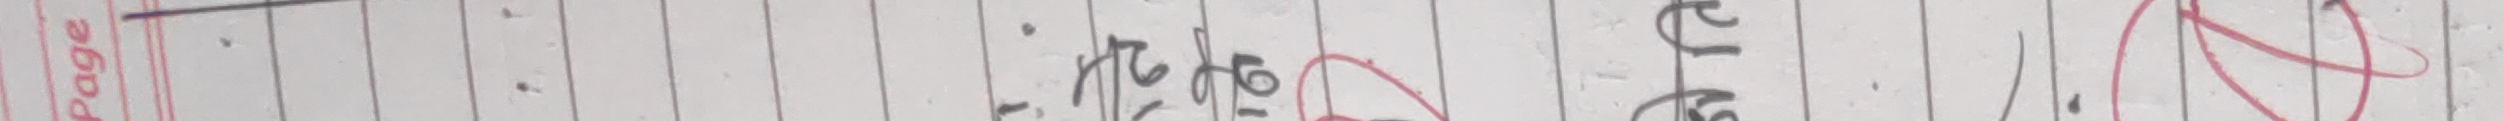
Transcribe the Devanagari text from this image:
मेरो घर नेपाल हो।